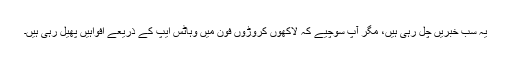
یہ سب خبریں چل رہی ہیں، مگر آپ سوچیے کہ لاکھوں کروڑوں فون میں وہاٹس ایپ کے ذریعے افواہیں پھیل رہی ہیں۔